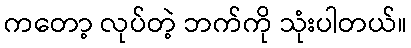
ကတော့ လုပ်တဲ့ ဘက်ကို သုံးပါတယ်။